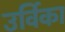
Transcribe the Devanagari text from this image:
उर्विका